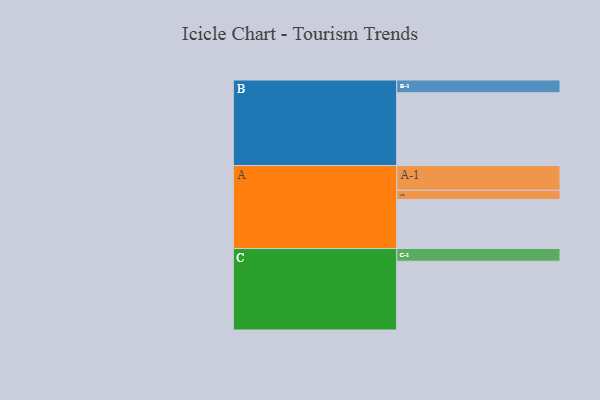
{"axis": {"x": "Segment", "y": "Value"}, "legend": ["", "A", "B", "C"], "data": [{"x": "A", "y": 353, "type": ""}, {"x": "B", "y": 525, "type": ""}, {"x": "C", "y": 496, "type": ""}, {"x": "A-1", "y": 178, "type": "A"}, {"x": "A-2", "y": 67, "type": "A"}, {"x": "B-1", "y": 92, "type": "B"}, {"x": "C-1", "y": 92, "type": "C"}]}